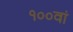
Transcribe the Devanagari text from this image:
१००वां